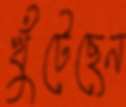
খুঁটেছেন